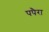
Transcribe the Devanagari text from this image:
पपैरा